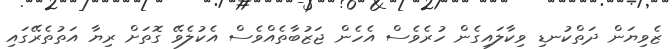
ޒެވިޔަން ދަތްކުނޑި ވިކާލައިގެން ހުރެވެސް އެހެން ޖަޒުބާތެއްވެސް އެކުލެވޭ ގޮތަށް ރިޔާ އަތުތެރޭގައި